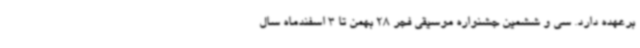
برعهده دارد. سی و ششمین جشنواره موسیقی فجر 28 بهمن تا 3 اسفندماه سال